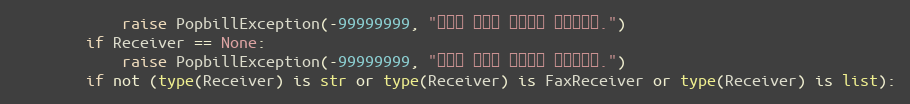
Language: Python
            raise PopbillException(-99999999, "발신자 번호가 입력되지 않았습니다.")
        if Receiver == None:
            raise PopbillException(-99999999, "수신자 정보가 입력되지 않았습니다.")
        if not (type(Receiver) is str or type(Receiver) is FaxReceiver or type(Receiver) is list):